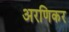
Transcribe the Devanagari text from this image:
अरणिकर